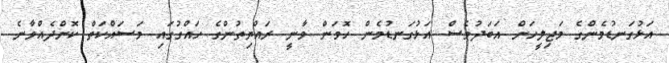
އަޅުގަނޑުމެންގެ މަޖިލީހަށް އަބަދުވެސް އަޅުގަނޑުމެން ހޮވަން ވާނީ ރައްޔިތުންގެ ހައްގުގައި މަސައްކަތް ކޮށްދެއްވާނެ